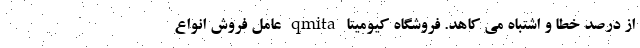
از درصد خطا و اشتباه می کاهد. فروشگاه کیومیتا qmita عامل فروش انواع